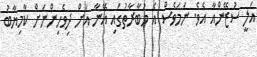
އަލީ ސުޒޭންއާ އެވެ. ނަމަވެސް އެ މުބާރާތުގައި އޭނާ އަށް ދިވެހިންނަށް ކާމިޔާބު